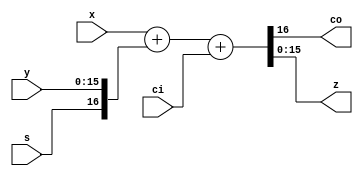
/*
 *  16-bit full adder
 *  Copyright (C) 2008-2010  Zeus Gomez Marmolejo <zeus@aluzina.org>
 *
 *  This file is part of the Zet processor. This processor is free
 *  hardware; you can redistribute it and/or modify it under the terms of
 *  the GNU General Public License as published by the Free Software
 *  Foundation; either version 3, or (at your option) any later version.
 *
 *  Zet is distrubuted in the hope that it will be useful, but WITHOUT
 *  ANY WARRANTY; without even the implied warranty of MERCHANTABILITY
 *  or FITNESS FOR A PARTICULAR PURPOSE. See the GNU General Public
 *  License for more details.
 *
 *  You should have received a copy of the GNU General Public License
 *  along with Zet; see the file COPYING. If not, see
 *  <http://www.gnu.org/licenses/>.
 */

module zet_fulladd16 (
    input  [15:0] x,
    input  [15:0] y,
    input         ci,
    output        co,
    output [15:0] z,
    input         s
  );

  // Continuous assignments
  assign {co,z} = {1'b0, x} + {s, y} + ci;
endmodule